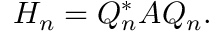
H _ { n } = Q _ { n } ^ { * } A Q _ { n } .